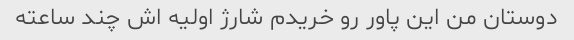
دوستان من این پاور رو خریدم شارژ اولیه اش چند ساعته